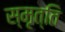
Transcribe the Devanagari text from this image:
स्मृत्ति